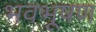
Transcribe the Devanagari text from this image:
भवभूषण